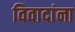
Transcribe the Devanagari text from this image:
विवादांना